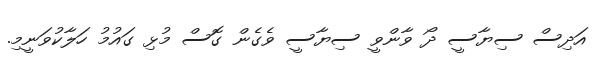
އަދިސް ސިޔާސީ ދޯ ވާންވީ ސިޔާސީ ވެގެން ގޮސް މުޅި ގައުމު ހަލާކުވަނީމި.